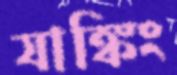
যাঙ্কিং